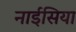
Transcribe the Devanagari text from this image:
नाईसिया